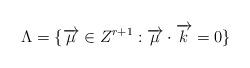
LaTeX: \begin{align*}\Lambda = \{ \overrightarrow {\mu} \in Z^{r+1} : \overrightarrow {\mu} \cdot \overrightarrow {k} = 0 \}\end{align*}